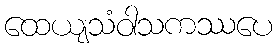
ထေယျသံဝါသကဿပေ